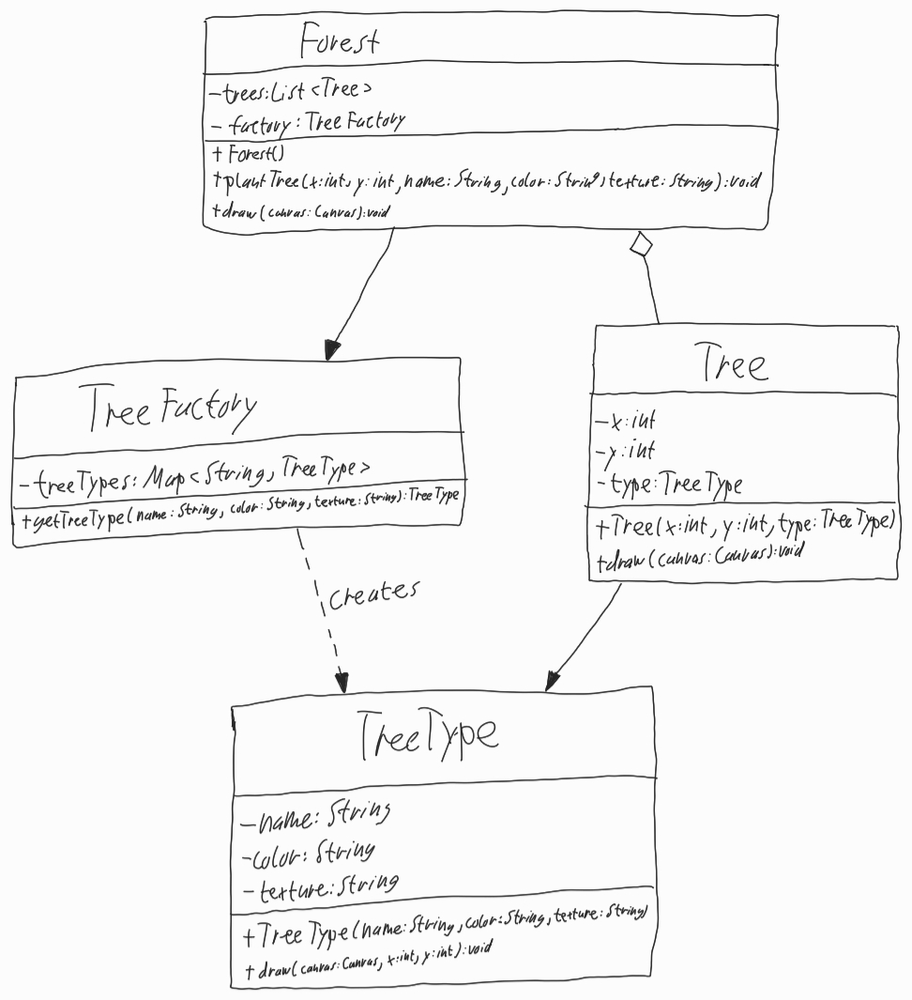
Diagram type: class_diagram
```plantuml
@startuml

class Forest {
  - trees: List<Tree>
  - factory: TreeFactory
  + Forest()
  + plantTree(x: int, y: int, name: String, color: String, texture: String): void
  + draw(canvas: Canvas): void
}

class TreeFactory {
  - treeTypes: Map<String, TreeType>
  + getTreeType(name: String, color: String, texture: String): TreeType
}

class Tree {
  - x: int
  - y: int
  - type: TreeType
  + Tree(x: int, y: int, type: TreeType)
  + draw(canvas: Canvas): void
}

class TreeType {
  - name: String
  - color: String
  - texture: String
  + TreeType(name: String, color: String, texture: String)
  + draw(canvas: Canvas, x: int, y: int): void
}

Forest o-- Tree
Forest --> TreeFactory

TreeFactory ..> TreeType: creates

Tree --> TreeType

@enduml
```